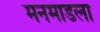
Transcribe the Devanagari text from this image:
मनमाडला